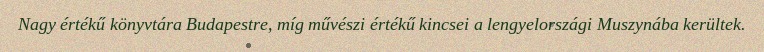
Nagy értékű könyvtára Budapestre, míg művészi értékű kincsei a lengyelországi Muszynába kerültek.